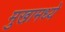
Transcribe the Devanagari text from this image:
मुखामध्ये